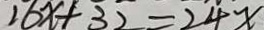
1 6 x + 3 2 = 2 4 x